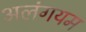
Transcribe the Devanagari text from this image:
अलंगयम